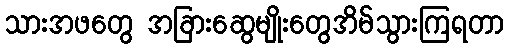
သားအဖတွေ အခြားဆွေမျိုးတွေအိမ်သွားကြရတာ